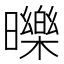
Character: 𣋵